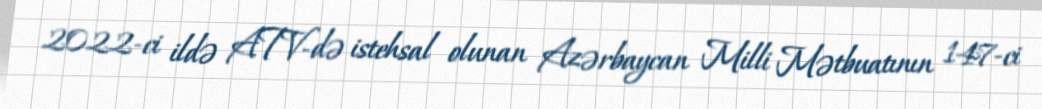
2022-ci ildə ATV-də istehsal olunan Azərbaycan Milli Mətbuatının 147-ci